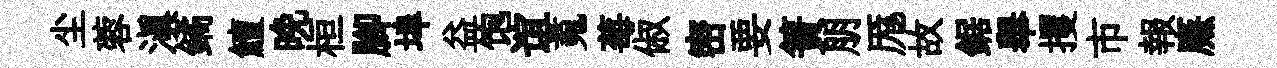
尘蓉滇鐍鱣晚桓腳埠益饱谊䰟莓俶密要簀朋厖故鋸舉攫市報㢘